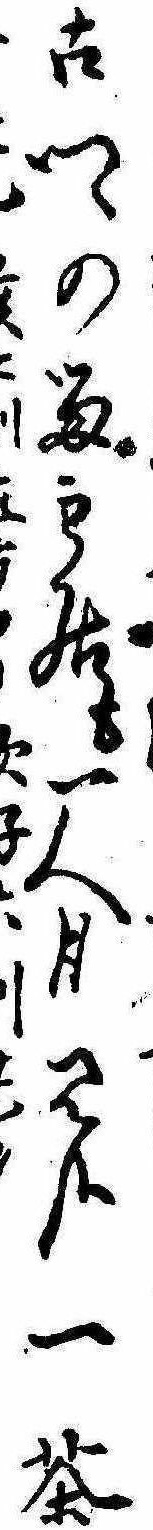
古郷の留主居も一人月見哉一茶亥子